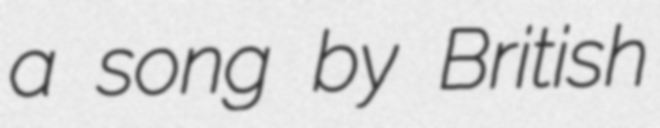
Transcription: a song by British